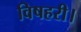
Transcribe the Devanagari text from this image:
विषहरी।